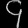
Digit: ၄